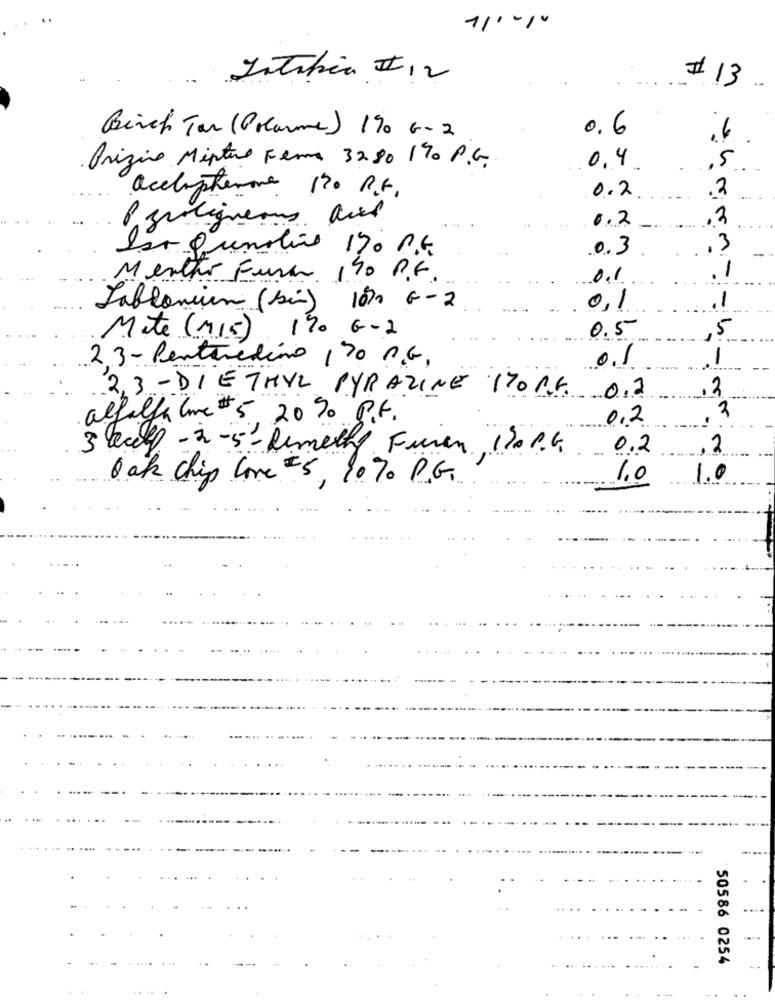
Intibia II,2
# 13
0.6
Birch Tar (Polarme) 190 6-2
Prizino Mixture Fera 3280 190 P.G.
0.4
5
acchapterone 170 P.F.
.2
0.2
Paroliqueous and
0.2
.3
so Quealio 190 P.G.
0.3
.3
Mentho Furan 140 P.F.
0.1
1
1
Tablonium (sin) 10%0 G-2
0,1
0.5
,5
Mate (115) 190 G-2
23 - Pentuedino / 70 R.G.
0.1
1
2,3-DIETHYL PYRAZINE 170 R.E. 0.2
alfalfa lime # 5 2090 P.F.
0,2
3 calf - 2-5-Dimethy Furen 130 P.G.
0.2
,2
Oak chip love =5, 1070 P.G.
1.0
1.0
:
..
--
50586 0254